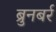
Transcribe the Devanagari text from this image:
ब्रुनबर्र